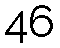
46